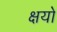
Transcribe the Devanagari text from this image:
क्षयो